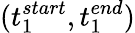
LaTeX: (t_{1}^{start},t_{1}^{end})